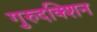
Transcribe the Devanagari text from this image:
गुरुदक्शिन